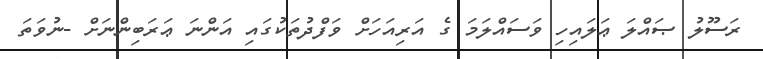
ރަސޫލު ޞައްލަ ޢަލައިހި ވަސައްލަމަ ގެ އަރިއަހަށް ވަފްދުތަކުގައި އަންނަ ޢަރަބިންނަށް -ނުވަތަ